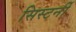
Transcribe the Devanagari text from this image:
सिस्टर्नी